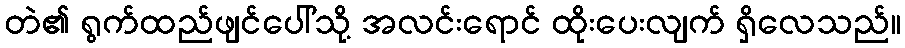
တဲ၏ ရွက်ထည်ဖျင်ပေါ်သို့ အလင်းရောင် ထိုးပေးလျက် ရှိလေသည်။